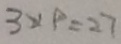
3 \times 9 = 2 7